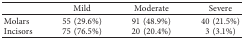
<table><thead><tr><td><b> </b></td><td><b>Mild</b></td><td><b>Moderate</b></td><td><b>Severe</b></td></tr></thead><tbody><tr><td>Molars</td><td>55 (29.6%)</td><td>91 (48.9%)</td><td>40 (21.5%)</td></tr><tr><td>Incisors</td><td>75 (76.5%)</td><td>20 (20.4%)</td><td>3 (3.1%)</td></tr></tbody></table>